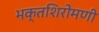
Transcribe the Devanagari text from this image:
भक्तशिरोमणी